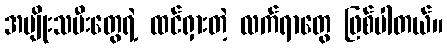
အမျိုးသမီးတွေရဲ့ ထင်ရှားတဲ့ လက်ရာတွေ ဖြစ်ပါတယ်။